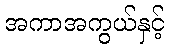
အကာအကွယ်နှင့်